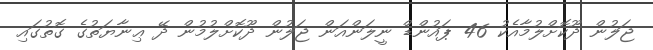
ޖަލުން ދޫކޮށްލުމާއެކު 46 ޕައުންޑް ނީލަންއަން ޖަލުން ދޫކޮށްލުމުން ދޭ ޢިނާޔަތުގެ ގޮތުގައި